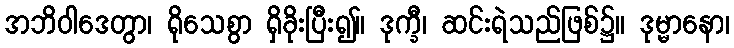
အဘိဝါဒေတွာ၊ ရိုသေစွာ ရှိခိုးပြီး၍။ ဒုက္ခီ၊ ဆင်းရဲသည်ဖြစ်၌။ ဒုမ္မာနော၊